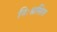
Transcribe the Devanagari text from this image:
निःश्वसित